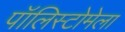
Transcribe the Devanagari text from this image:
पॉलिस्टोमेला